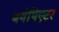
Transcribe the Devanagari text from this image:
बर्गथिएटर